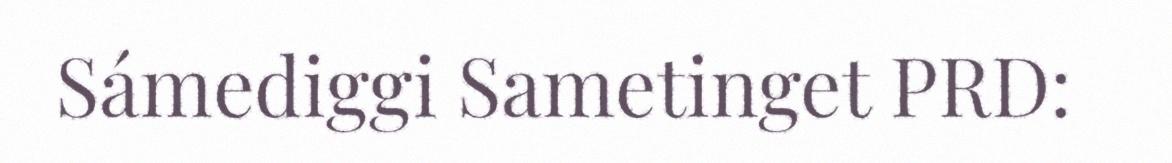
Sámediggi Sametinget PRD: